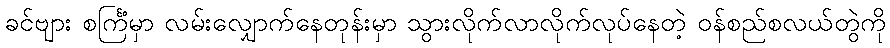
ခင်ဗျား စင်္ကြံမှာ လမ်းလျှောက်နေတုန်းမှာ သွားလိုက်လာလိုက်လုပ်နေတဲ့ ဝန်စည်စလယ်တွဲကို